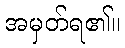
အမှတ်ရ၏။